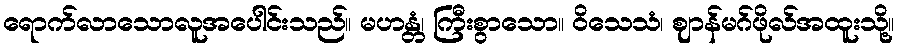
ရောက်လာသောလူအပေါင်းသည်။ မဟန္တံ၊ ကြီးစွာသော။ ဝိသေသံ၊ ဈာန်မဂ်ဖိုလ်အထူးသို့။